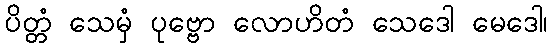
ပိတ္တံ သေမှံ ပုဗ္ဗော လောဟိတံ သေဒေါ မေဒေါ၊